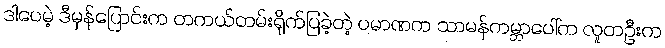
ဒါပေမဲ့ ဒီမှန်ပြောင်းက တကယ်တမ်းရိုက်ပြခဲ့တဲ့ ပမာဏက သာမန်ကမ္ဘာပေါ်က လူတဦးက